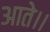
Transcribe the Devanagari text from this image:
आते।।